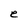
Character: e